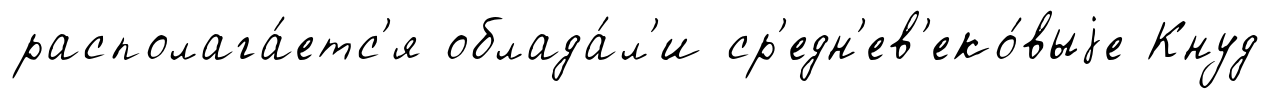
располага́етс'я облада́л'и ср'едн'ев'еко́выjе Кнуд